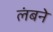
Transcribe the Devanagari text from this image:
लंबने